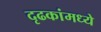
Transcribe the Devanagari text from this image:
दृढकांमध्ये